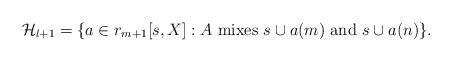
LaTeX: \begin{align*}\mathcal{H}_{l+1}=\{a\in r_{m+1}[s,X]: A \mathrm{\ mixes\ } s\cup a(m)\mathrm{\ and\ } s\cup a(n)\}.\end{align*}